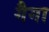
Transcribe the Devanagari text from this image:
गैगा